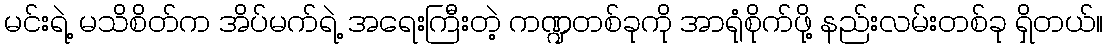
မင်းရဲ့ မသိစိတ်က အိပ်မက်ရဲ့ အရေးကြီးတဲ့ ကဏ္ဍတစ်ခုကို အာရုံစိုက်ဖို့ နည်းလမ်းတစ်ခု ရှိတယ်။